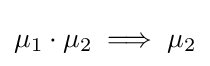
{\textstyle \mu _{1}\cdot \mu _{2}\implies \mu _{2}}